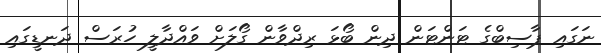
ނަގައި ޕާސިބްގެ ޓަންޓަން ދިން ބޯޅަ ރިދްވާން ގޯލަށް ވައްދާލީ ހުރަސް ދަނޑީގައި